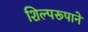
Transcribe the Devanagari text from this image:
शिल्परूपाने